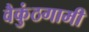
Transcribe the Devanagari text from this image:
वैकुंठगामी